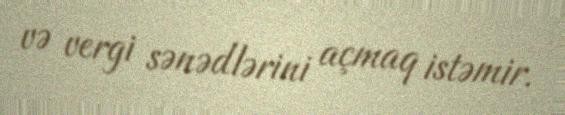
və vergi sənədlərini açmaq istəmir.